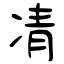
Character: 凊